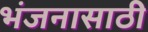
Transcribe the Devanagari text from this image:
भंजनासाठी